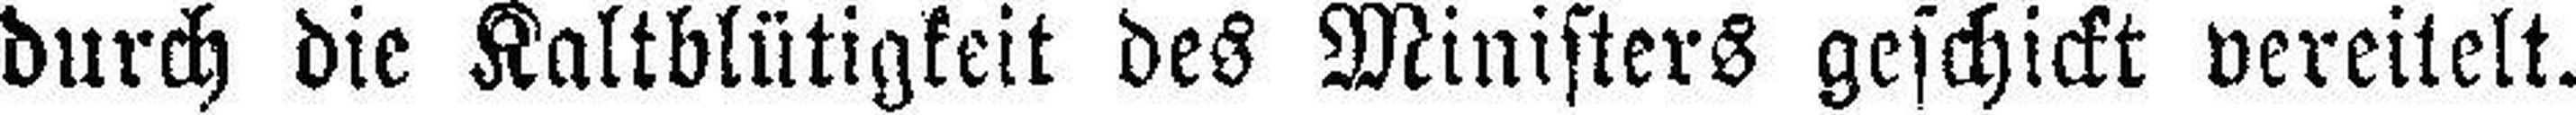
durch die Kaltblütigkeit des Ministers geschickt vereitelt.